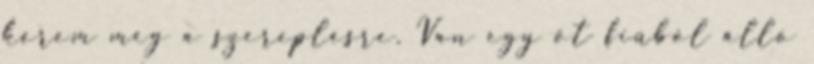
kérem meg a szereplésre. Van egy öt fiúból álló